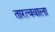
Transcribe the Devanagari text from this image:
तारत्ववाला